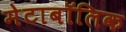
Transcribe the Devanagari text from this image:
मेटाबॉलिक